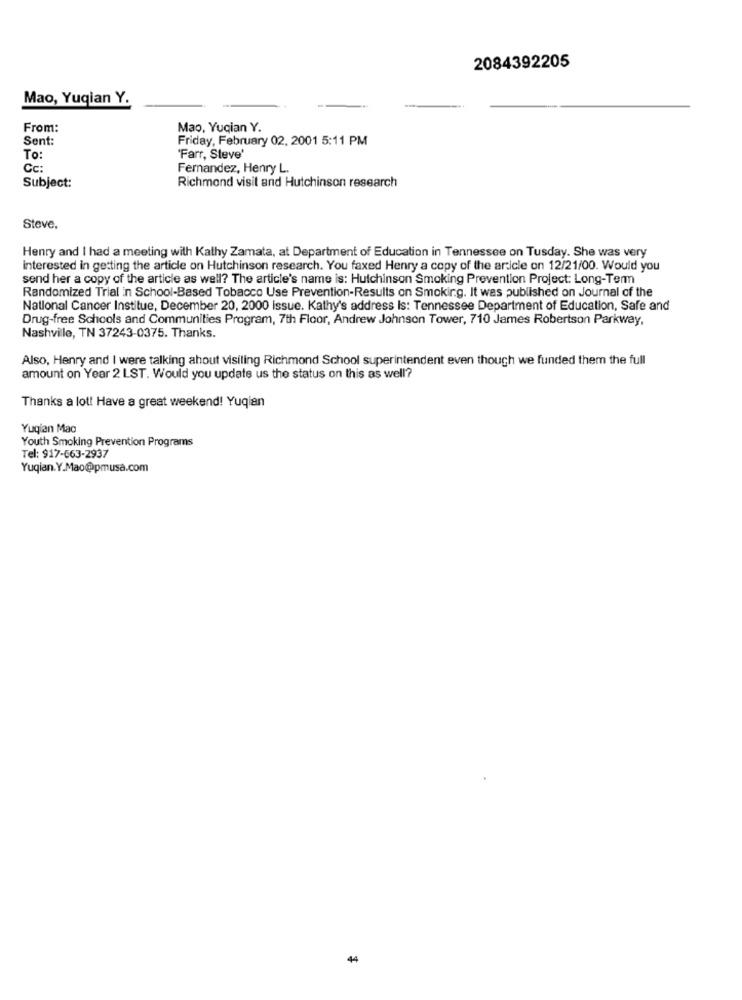
2084392205
Mao, Yuqian Y.
From:
Mao, Yuqian Y.
Sent:
Friday, February 02, 2001 5:11 PM
To:
'Farr, Steve'
Cc:
Fernandez, Henry L.
Subject:
Richmond visit and Hutchinson research
Steve,
Henry and I had a meeting with Kathy Zamata, at Department of Education in Tennessee on Tusday. She was very
interested in getting the article on Hutchinson research. You faxed Henry a copy of the article on 12/21/00. Would you
send her a copy of the article as well? The article's name is: Hutchinson Smoking Prevention Project: Long-Term
Randomized Trial in School-Based Tobacco Use Prevention-Results on Smoking. It was published on Journal of the
National Cancer Institue, December 20, 2000 issue. Kathy's address Is: Tennessee Department of Education, Safe and
Drug-free Schools and Communities Program, 7th Floor, Andrew Johnson Tower, 710 James Robertson Parkway,
Nashville, TN 37243-0375. Thanks.
Also, Henry and I were talking about visiting Richmond School superintendent even though we funded them the full
amount on Year 2 LST. Would you update us the status on this as well?
Thanks a lot! Have a great weekend! Yuqian
Yuqian Mac
Youth Smoking Prevention Programs
Tel: 917-663-2937
Yuqian.Y.Mao@pmusa.com
44